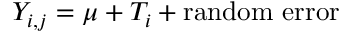
Y _ { i , j } = \mu + T _ { i } + \mathrm { r a n d o m \ e r r o r }